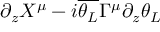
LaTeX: \partial _ { z } X ^ { \mu } - i { \overline { { \theta _ { L } } } } \Gamma ^ { \mu } \partial _ { z } \theta _ { L }